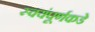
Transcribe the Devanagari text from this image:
स्वयंपूर्णकडे